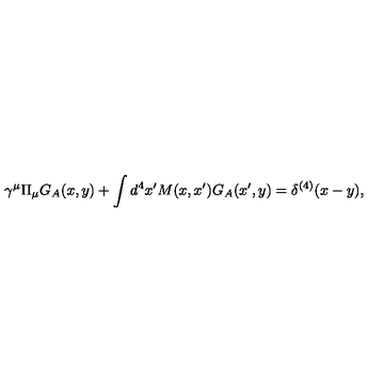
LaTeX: \gamma ^ { \mu } \Pi _ { \mu } G _ { A } ( x , y ) + \int d ^ { 4 } x ^ { \prime } M ( x , x ^ { \prime } ) G _ { A } ( x ^ { \prime } , y ) = \delta ^ { ( 4 ) } ( x - y ) ,